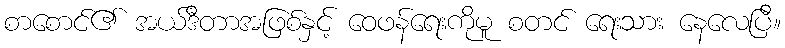
စာစောင်၏ အယ်ဒီတာအဖြစ်နှင့် ဝေဖန်ရေးကိုမူ စတင် ရေးသား နေလေပြီ။